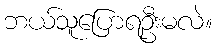
ဘယ်သူပြောရဦးမလဲ။